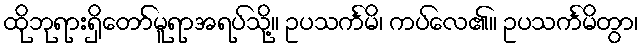
ထိုဘုရားရှိတော်မူရာအရပ်သို့။ ဥပသင်္ကမိ၊ ကပ်လေ၏။ ဥပသင်္ကမိတွာ၊